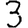
Digit: 3